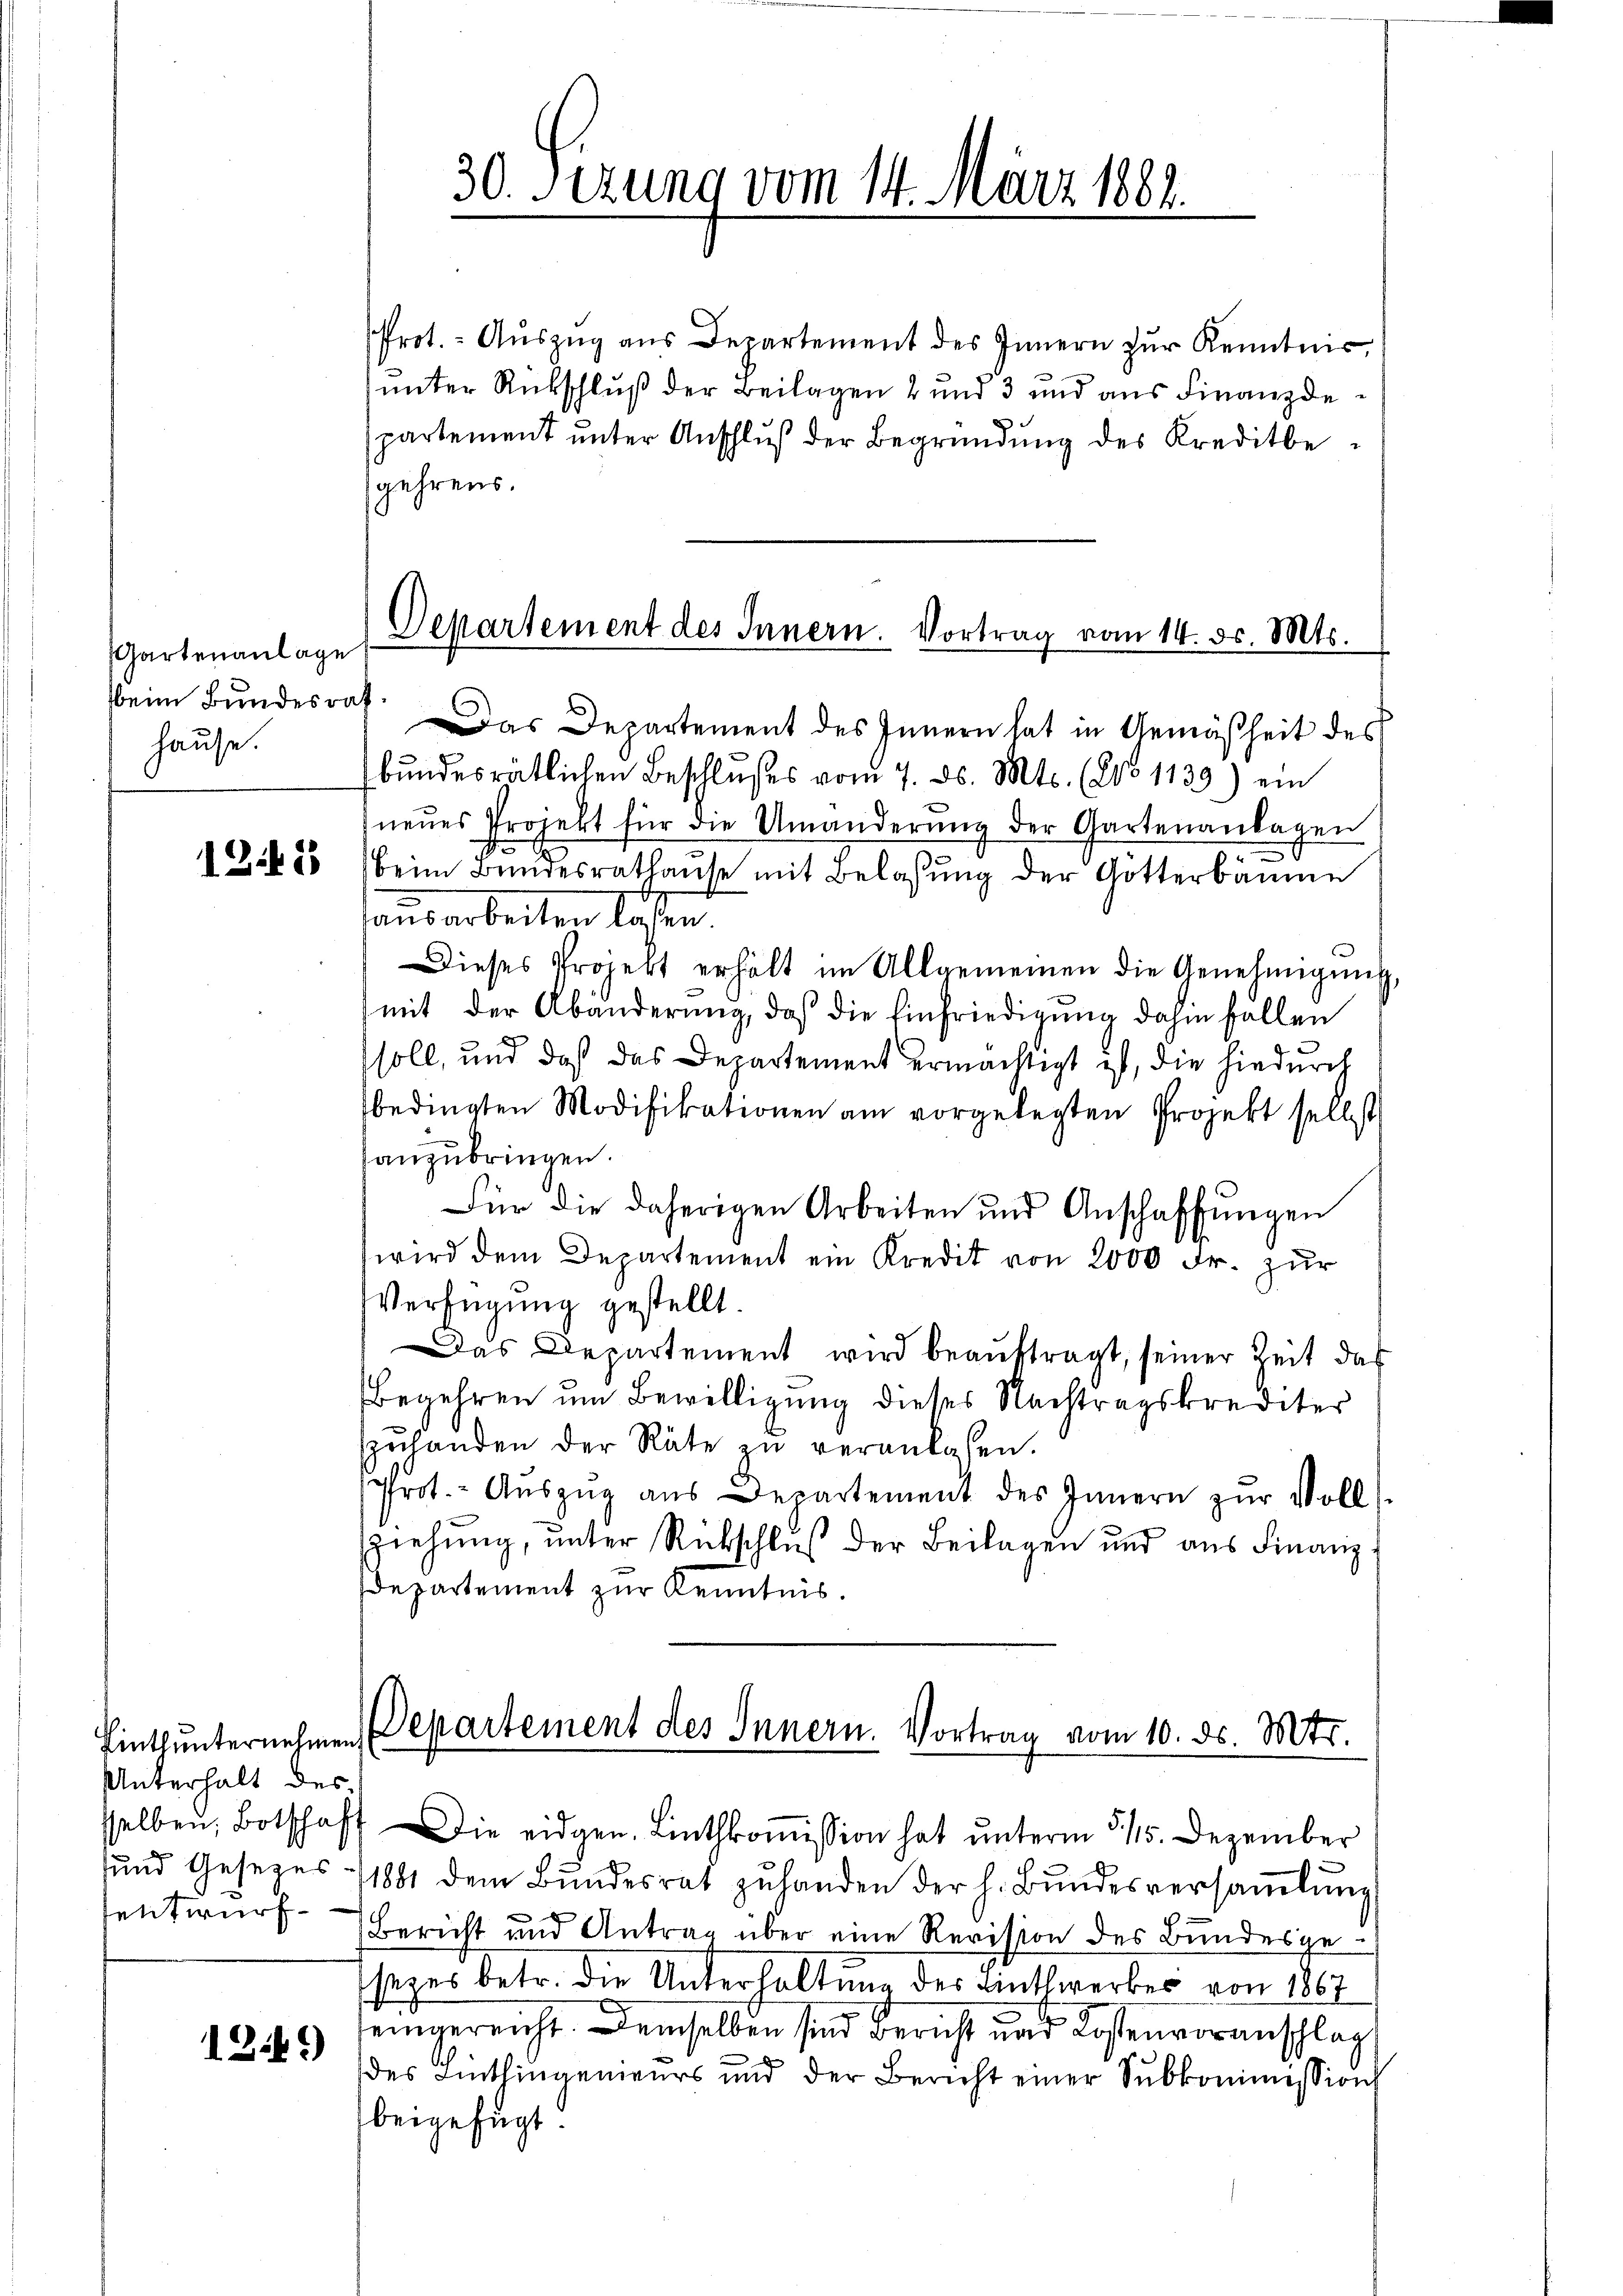
Gartenanlage
beim Bundesrath
hause.

1245

Linthunternehmen.
Unterhalt des
sund Gesetzes
entwurf

1242)

Das Departement des Innern hat in Gemäßheit des
bŭndesrätlichen Beschlŭsses vom 7. ds. Mts. (25. 1133) ein
neŭes Projekt für die Umänderŭng der Gartenanlagen
s
beim Bundesrathause mit Belassung der Götterbäume
ausarbeiten laßen.
Dieses Projekt erhält im Allgemeinen die Genehmigŭng
mit der Abänderŭng, daß die Einfriedigŭng dahin fallen
soll, und daß das Departement ermächtigt ist, die hiedurch
bedingten Modifikationen am vorgelegten Projekt selbst
anzubringen.
Für die daherigen Arbeiten und Anschaffŭngen
wird dem Departement ein Kredit von 2000 Fr. zur
Verfügung gestellt.
Das Departement wird beauftragt, seiner Zeit das
Begehren um Bewilligung dieses Nachtragskrediter
szuhanden der Räte zu veranlassen.
Prot. - Aŭszŭg aŭs Departement des Innern zŭr Voll
ziehung, unter Rückschluß der Beilagen und aus Finanzdepartement zur Kenntnis.

30. Sezung vom 14. März 1888.

Prot. - Aŭszŭg aŭs Departement des Innern zŭr Kenntnis,
unter Rückschluß der Beilagen 2 und 3 und aus Finanzdepartement unter Anschluß der Begründung des Kreditbegehrens.

Departement des Innern. Vortrag vom 14. d. Mts.

Departement des Innern. Vortrag vom 10. ds. Mts.
sselben, Botschaft die eidgen. Linthkoṁission hat unterm 5115. Dezember

1881 dem Bŭndesrat zŭ handen der h. Bŭndesversaṁlŭng
Bericht und Antrag über eine Revision des Bundesgesezes betr. die Unterhaltung des Antwerkes von 1867
eingereicht. Demselben sind Bericht und Kostenvoranschlag
des Lintlingenieurs und der Bericht einer Sŭbkommissions
beigefügt.